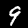
Label: 9